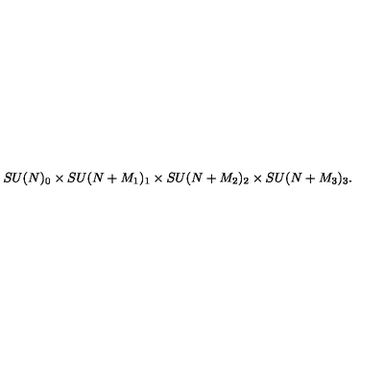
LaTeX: S U ( N ) _ { 0 } \times S U ( N + M _ { 1 } ) _ { 1 } \times S U ( N + M _ { 2 } ) _ { 2 } \times S U ( N + M _ { 3 } ) _ { 3 } .